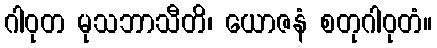
ဂါဝုတ မုသဘာသီတိ၊ ယောဇနံ စတုဂါဝုတံ။